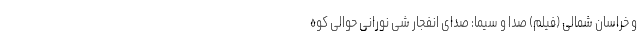
و خراسان شمالی (فیلم) صدا و سیما: صدای انفجار شی نورانی حوالی کوه